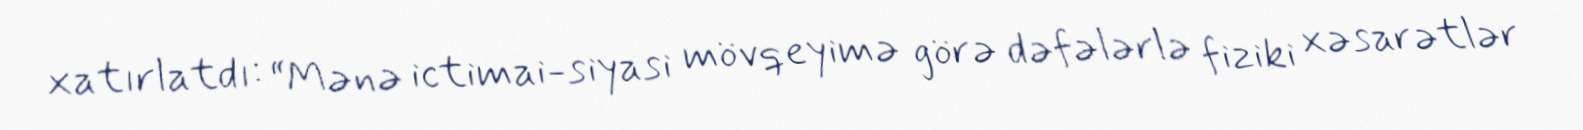
xatırlatdı: “Mənə ictimai-siyasi mövqeyimə görə dəfələrlə fiziki xəsarətlər